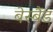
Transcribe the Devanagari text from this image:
बेस्बैंड